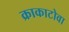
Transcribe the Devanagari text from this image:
क्राकाटोवा